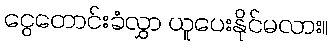
ငွေတောင်းခံလွှာ ယူပေးနိုင်မလား။